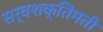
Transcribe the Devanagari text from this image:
सर्वशक्तिमती